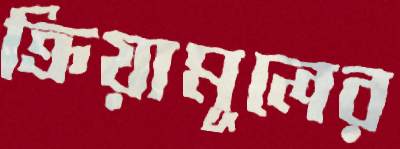
ক্রিয়ামূলের